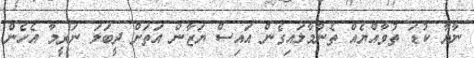
ނާޔާ ކުޑަ ތުވާއްޔެއް ތެންމާލައިގެން އައިސް ޔަޒާން އަތަށް ދީބަލަ ނަރީމާ އެހެން